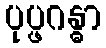
ပုပ္ဖဂန္ဓာ